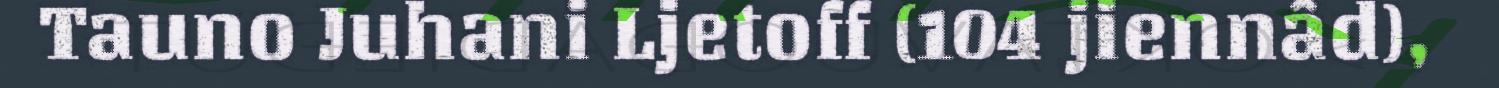
Tauno Juhani Ljetoff (104 jiennâd),